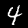
Digit: 4